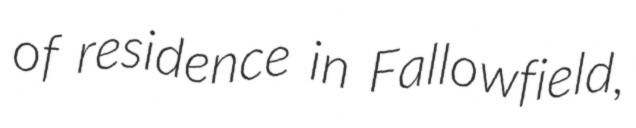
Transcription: of residence in Fallowfield,